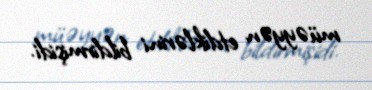
müəyyən etdiklərini bildirmişidi.